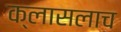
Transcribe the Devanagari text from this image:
क्लासलाच